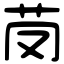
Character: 𦬣